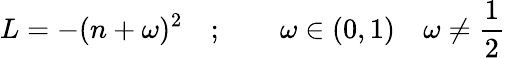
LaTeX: L=-(n+\omega)^{2}\quad;\qquad\omega\in(0,1)\quad\omega\neq\frac{1}{2}